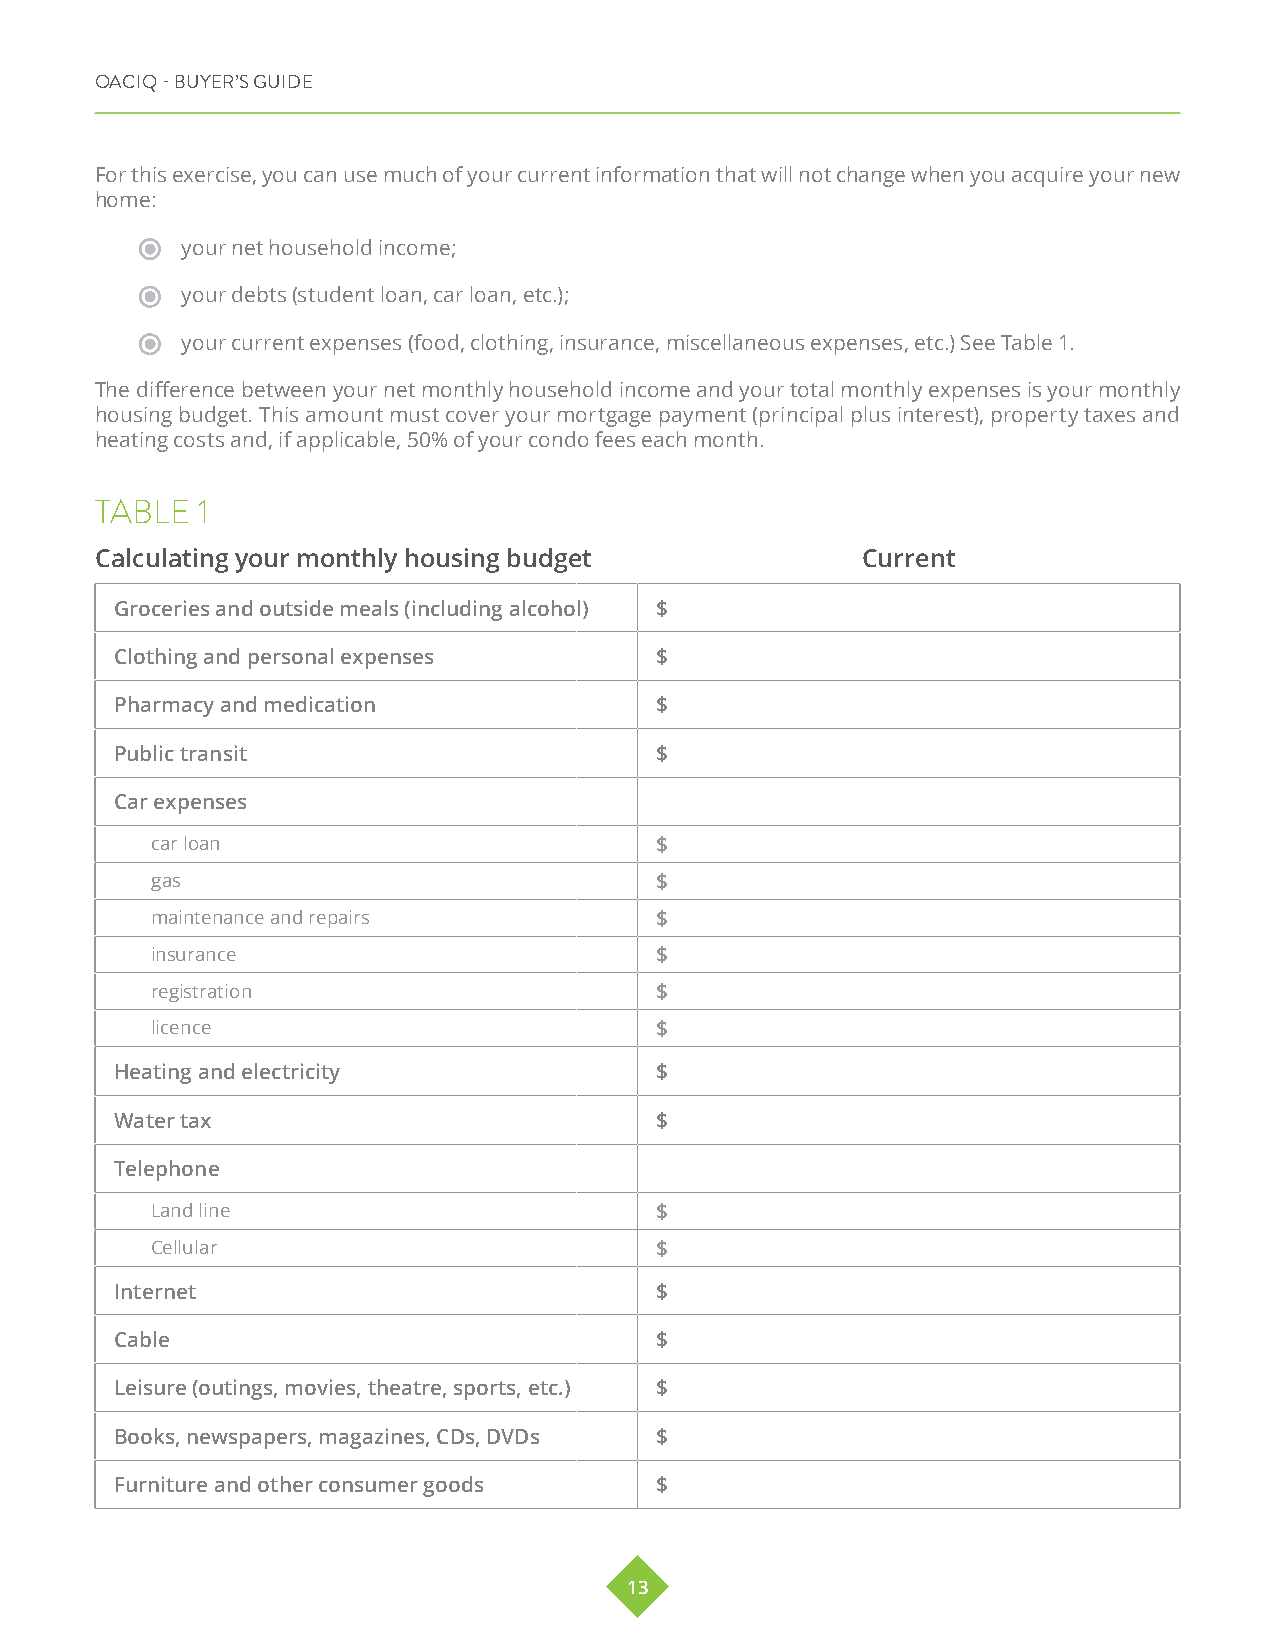
OACIQ - BUYER’S GUIDE
 For this exercise, you can use much of your current information that will not change when you acquire your new
 home:
 your net household income;
 your debts (student loan, car loan, etc.);
 your current expenses (food, clothing, insurance, miscellaneous expenses, etc.) See Table 1.
 The difference between your net monthly household income and your total monthly expenses is your monthly
 housing budget. This amount must cover your mortgage payment (principal plus interest), property taxes and
 heating costs and, if applicable, 50% of your condo fees each month.
 TABLE  1
 Calculating your monthly housing budget            Current
 Groceries and outside meals (including alcohol) $
 Clothing and personal expenses     $
 Pharmacy and medication            $
 Public transit                     $
 Car expenses
 car loan                         $
 gas                              $
 maintenance and repairs          $
 insurance                        $
 registration                     $
 licence                          $
 Heating and electricity            $
 Water tax                          $
 Telephone
 Land line                        $
 Cellular                         $
 Internet                           $
 Cable                              $
 Leisure (outings, movies, theatre, sports, etc.) $
 Books, newspapers, magazines, CDs, DVDs $
 Furniture and other consumer goods $
 13